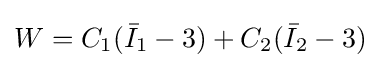
W=C_{1}({\bar {I}}_{1}-3)+C_{2}({\bar {I}}_{2}-3)